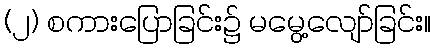
(၂) စကားပြောခြင်း၌ မမွေ့လျော်ခြင်း။